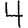
Digit: 4